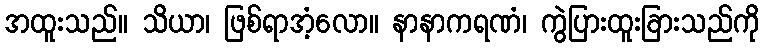
အထူးသည်။ သိယာ၊ ဖြစ်ရာအံ့လော။ နာနာကရဏံ၊ ကွဲပြားထူးခြားသည်ကို